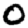
Digit: 0